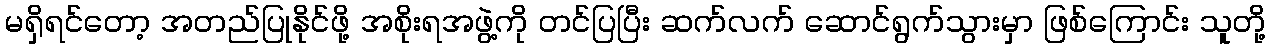
မရှိရင်တော့ အတည်ပြုနိုင်ဖို့ အစိုးရအဖွဲ့ကို တင်ပြပြီး ဆက်လက် ဆောင်ရွက်သွားမှာ ဖြစ်ကြောင်း သူတို့